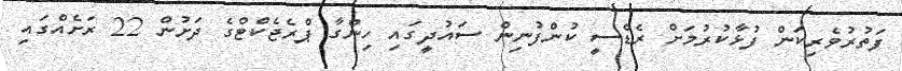
ފަތުރުވެރިކަން ފުޅާކުރުމަށް ރެޑްސީ ކުންފުނިން ސައުދީގައި ހިންގާ ޕްރެޖެކްޓްގެ ދަށުން 22 ރަށެއްގައި